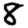
Digit: 8